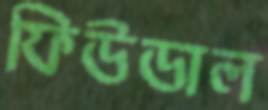
ফিউডাল